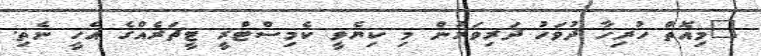
"މިއޮތް ހުރިހާ ދުވަހު ދަރިވަރުން މި ކިޔެވީ ކެމިސްޓްރީ ޓީޗަރެއްގެ އެހީ ނެތި.